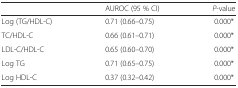
|  | AUROC (95 % CI) | P-value |
 | --- | --- | --- |
 | Log (TG/HDL-C) | 0.71 (0.66–0.75) | 0.000* |
 | TC/HDL-C | 0.66 (0.61–0.71) | 0.000* |
 | LDL-C/HDL-C | 0.65 (0.60–0.70) | 0.000* |
 | Log TG | 0.71 (0.65–0.75) | 0.000* |
 | Log HDL-C | 0.37 (0.32–0.42) | 0.000* |